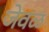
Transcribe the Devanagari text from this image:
जेवळ